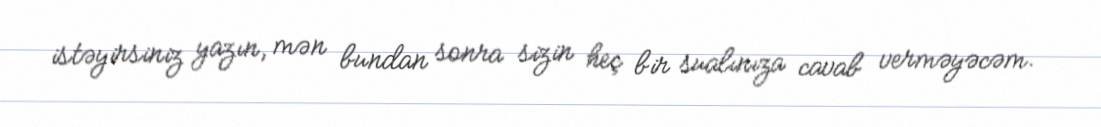
istəyirsiniz yazın, mən bundan sonra sizin heç bir sualınıza cavab verməyəcəm.